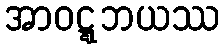
အာဝဋ္ဋဘယဿ